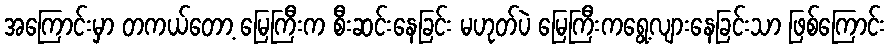
အကြောင်းမှာ တကယ်တော့ မြေကြီးက စီးဆင်းနေခြင်း မဟုတ်ပဲ မြေကြီးကရွေ့လျားနေခြင်းသာ ဖြစ်ကြောင်း